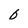
Character: 6